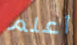
أعلم